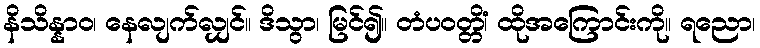
နိသိန္နာဝ၊ နေလျက်လျှင်။ ဒိသွာ၊ မြင်၍။ တံပဝတ္တိံ၊ ထိုအကြောင်းကို။ ရညော၊